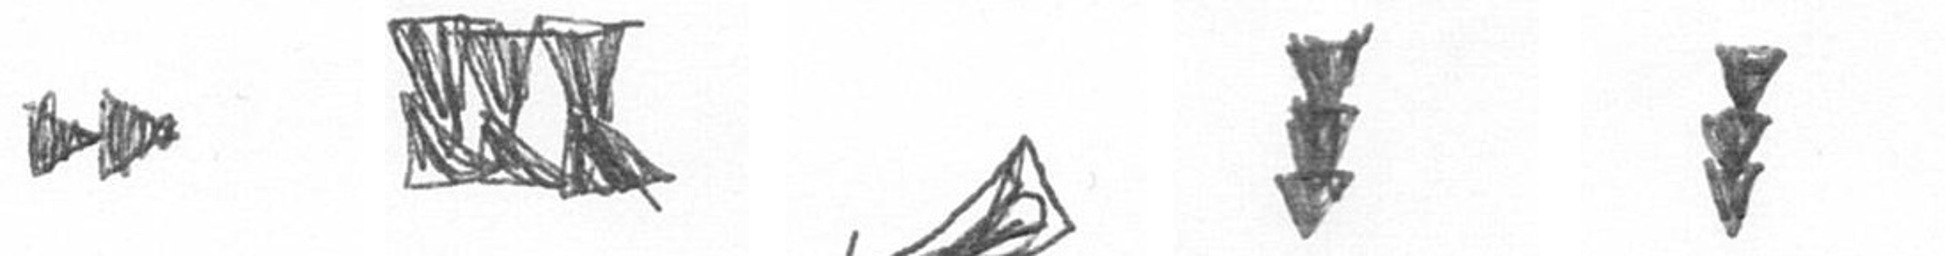
A D O E E